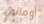
أومالي